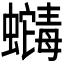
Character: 𬠶